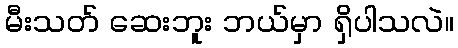
မီးသတ် ဆေးဘူး ဘယ်မှာ ရှိပါသလဲ။